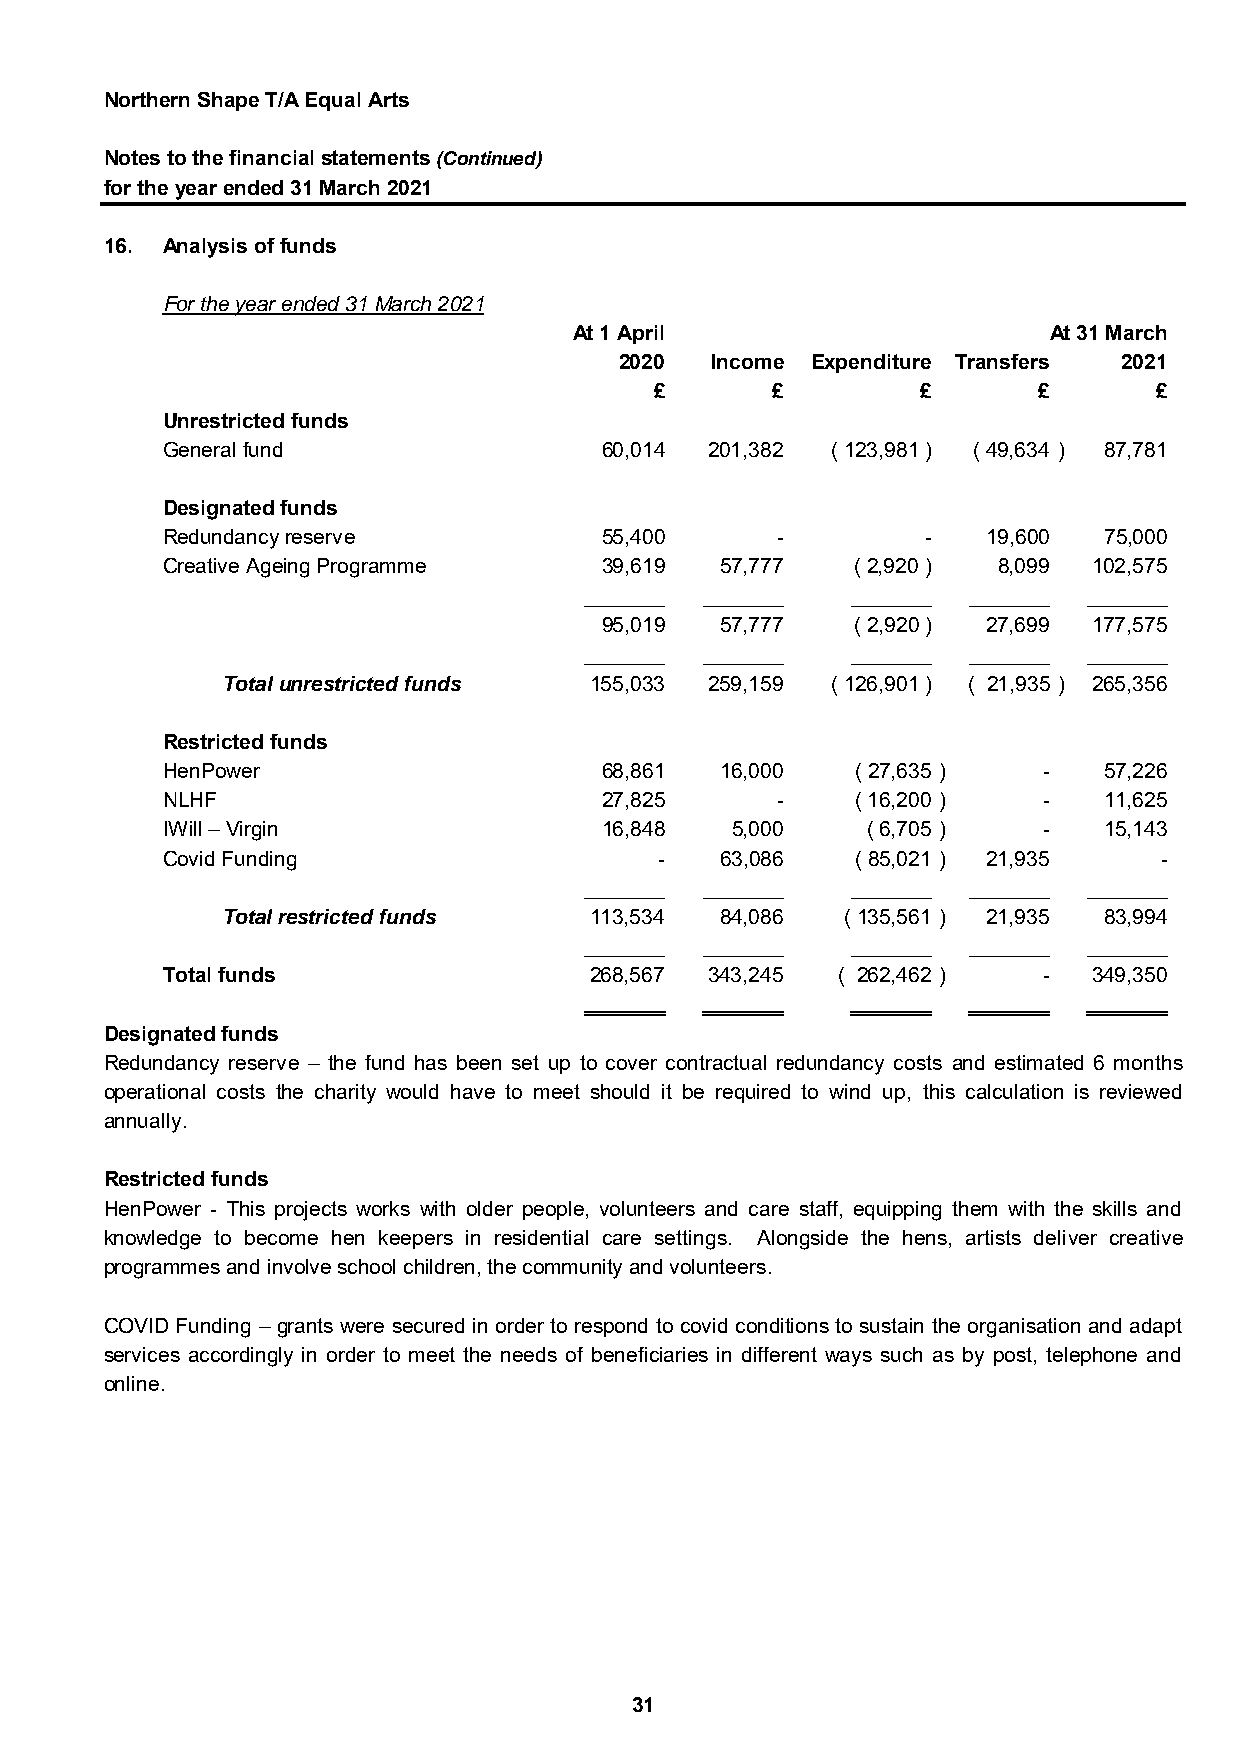
Northern Shape T/A Equal Arts
 Notes to the financial statements (Continued)
 for the year ended 31 March 2021
 16. Analysis of funds
 For the year ended 31 March 2021
 At 1 April                     At 31 March
 2020  Income Expenditure Transfers 2021
 £       £         £       £      £
 Unrestricted funds
 General fund                 60,014 201,382 ( 123,981 ) ( 49,634 ) 87,781
 Designated funds
 Redundancy reserve           55,400     -         -   19,600  75,000
 Creative Ageing Programme    39,619  57,777  ( 2,920 ) 8,099 102,575
 _______ _______  _______ _______ _______
 95,019  57,777  ( 2,920 ) 27,699 177,575
 _______ _______  _______ _______ _______
 Total unrestricted funds 155,033 259,159 ( 126,901 ) ( 21,935 ) 265,356
 Restricted funds
 HenPower                     68,861  16,000   ( 27,635 )  -   57,226
 NLHF                         27,825     -     ( 16,200 )  -   11,625
 IWill – Virgin               16,848  5,000    ( 6,705 )   -   15,143
 Covid Funding                    -   63,086   ( 85,021 ) 21,935   -
 _______ _______  _______ _______ _______
 Total restricted funds  113,534  84,086  ( 135,561 ) 21,935 83,994
 _______ _______  _______ _______ _______
 Total funds                 268,567 343,245 ( 262,462 )   -  349,350
 _______ _______  _______ _______ _______
 Designated funds
 Redundancy reserve – the fund has been set up to cover contractual redundancy costs and estimated 6 months
 operational costs the charity would have to meet should it be required to wind up, this calculation is reviewed
 annually.
 Restricted funds
 HenPower - This projects works with older people, volunteers and care staff, equipping them with the skills and
 knowledge to become hen keepers in residential care settings. Alongside the hens, artists deliver creative
 programmes and involve school children, the community and volunteers.
 COVID Funding – grants were secured in order to respond to covid conditions to sustain the organisation and adapt
 services accordingly in order to meet the needs of beneficiaries in different ways such as by post, telephone and
 online.
 31